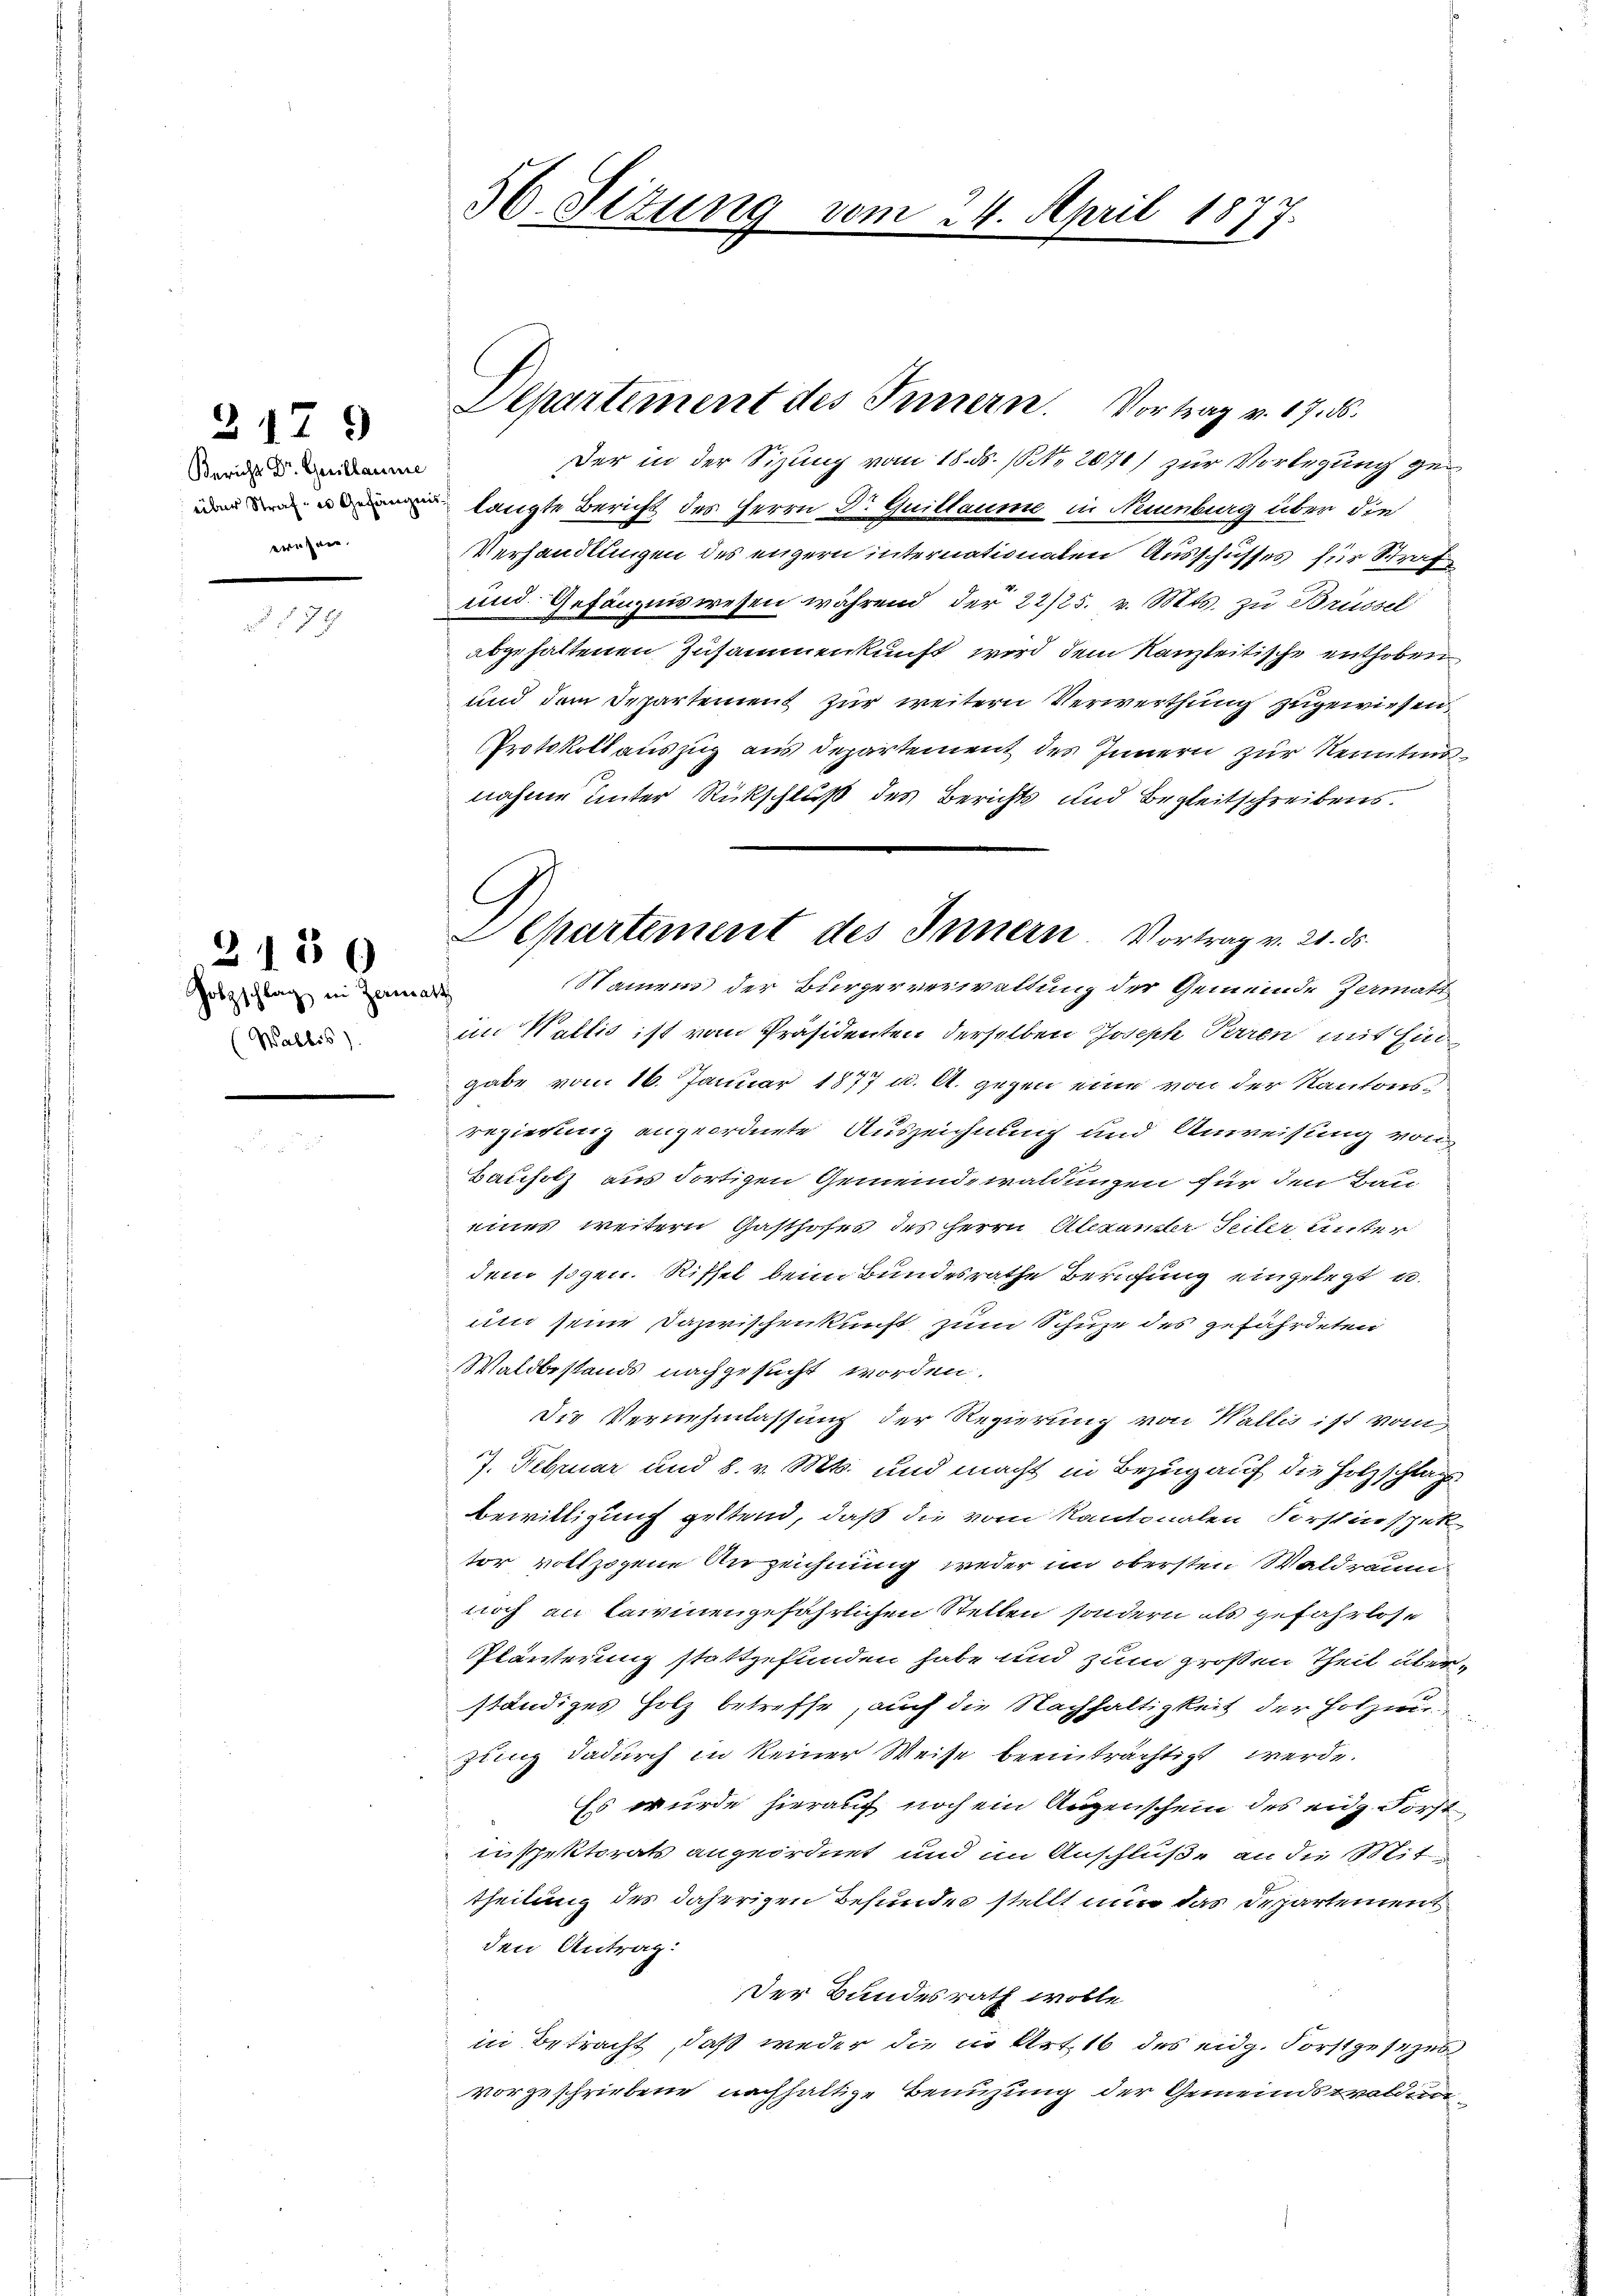
Bericht Dr. Guillaume
erähnen.

2179

39

Holzschlag in Zermatt
(Wallis).

215

56. Sizung vom 24. April 1877.

Der in der Sitzung vom 18. ds. (NNo. 2070) zur Vorlegung ge
denen langte Bericht des Herrn Dr. Quittaume in Neuenburg über die
Verhandlungen des engern internationaten Ausschusses für Schraf
und Gefängniswesen während der 22/25. v. Mts. zu Brüssel
abgehaltenen Zusammenkunft wird dem Kanzleitische enthoben
und dem Departement zur weitern Verwerthung zugewiesen
Protokoll auszug aus Departement des Innern zur Kenntens
nahme unter Rückschluß des Berichts und Begleitschreibens.
Namen der Bürgerverwaltung der Gemeinde Zermatt
im Wallis ist vom Präsidenten derselben Joseph Perren mit Ein
gabe vom 16. Januar 1877 u. A. gegen eine von der Kantons
regierung angeordnete Auszeichnung und Anweisung von
Bauholz aus dortigen Gemeindswaldungen für den Bau
eines weitern Gasthofes des Herrn Alexander Seiter unter
dem sogen. Riffel beim Bundesrathe Berufung eingelegt u.
und seine Dazwischenkunft zum Schuze des gefährdeten
Waldbestands nachgesucht worden.
Die Vernehmlassung der Regierung von Wallis ist vom
7. Februar und 8. v. Mts. und macht in Bezug auf die Holzschlag
Bewilligung geltend, daß die vom Kantonalen Forstinspek
tor vollzogene Anzeichnung weder im obersten Waldraum
noch an lawinengefährlichen Stellen, sondern als gefahrlose
Pläuterung stattgefunden habe und zum großen Theil überständiges Holz betreffe, auch die Nachhaltigkeit der Holzer
zung dadurch in keiner Weise beeinträchtigt werde.
Es wurde hierauf noch ein Augenschein des eidg. Forst
inspektorats angeordnet und im Anschluße an die Mittheilung des daherigen Befundes stellt nur das Departement
den Antrag:
Der Bundesrath wolle
in Betracht, daß weder die in Art 16 des eidg. Forstgesezes
vorgeschriebene nachhaltige Benuzung der Gemeindswalden

Departement des Innern. Vortrag v. 17. ds.

Aepartement des Innern Vortrag v. 21. 35.